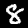
Digit: 8